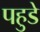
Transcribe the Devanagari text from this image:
पहुडे